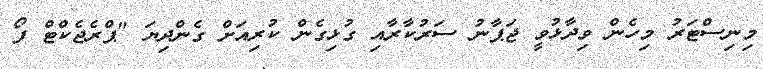
މިނިސްޓަރު މިހެން ވިދާޅުވީ ޖަޕާނު ސަރުކާރާއި ގުޅިގެން ކުރިއަށް ގެންދިޔަ "ޕްރެޖެކްޓް ފޯ